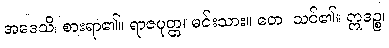
အဒေသိ၊ စားရာ၏။ ရာဇပုတ္တ၊ မင်းသား။ တေ၊ သင်၏။ ဣဒဉ္စ၊